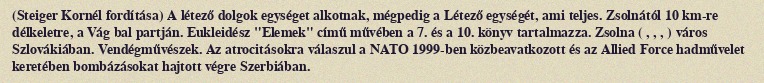
(Steiger Kornél fordítása) A létező dolgok egységet alkotnak, mégpedig a Létező egységét, ami teljes. Zsolnától 10 km-re délkeletre, a Vág bal partján. Eukleidész "Elemek" című művében a 7. és a 10. könyv tartalmazza. Zsolna ( , , , ) város Szlovákiában. Vendégművészek. Az atrocitásokra válaszul a NATO 1999-ben közbeavatkozott és az Allied Force hadművelet keretében bombázásokat hajtott végre Szerbiában.